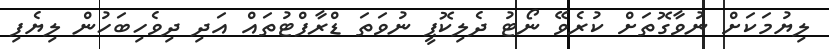
ލިޔުމަކަށް ނުވާގޮތަށް ކުރެވޭ ނޯޓު ދެލިކޮޕީ ނުވަތަ ޑްރާފްޓުތައް އަދި ދިވެހިބަހުން ލިޔެފި